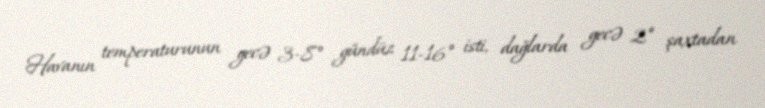
Havanın temperaturunun gecə 3-8° gündüz 11-16° isti, dağlarda gecə 2° şaxtadan